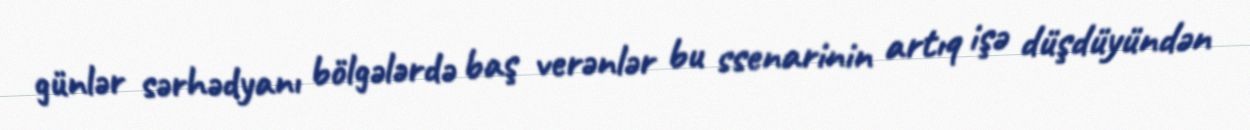
günlər sərhədyanı bölgələrdə baş verənlər bu ssenarinin artıq işə düşdüyündən